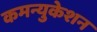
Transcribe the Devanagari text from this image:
कमन्युकेशन